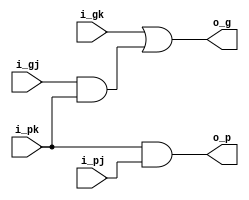
module black(
  input  wire i_pj,
  input  wire i_gj,
  input  wire i_pk,
  input  wire i_gk,
  output wire o_g,
  output wire o_p
);

assign o_g = i_gk | (i_gj & i_pk);
assign o_p = i_pk & i_pj;

endmodule